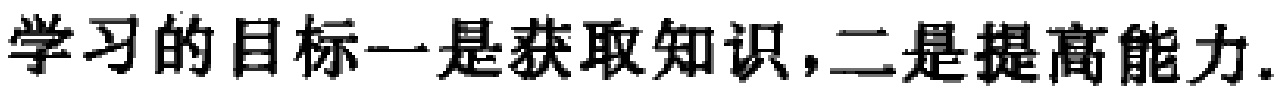
学习的目标一是获取知识，二是提高能力.